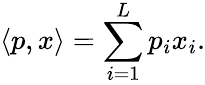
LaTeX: \langle p,x\rangle=\sum_{i=1}^{L}p_{i}x_{i}.